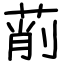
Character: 萷